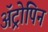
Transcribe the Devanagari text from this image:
अॅट्रोपिन